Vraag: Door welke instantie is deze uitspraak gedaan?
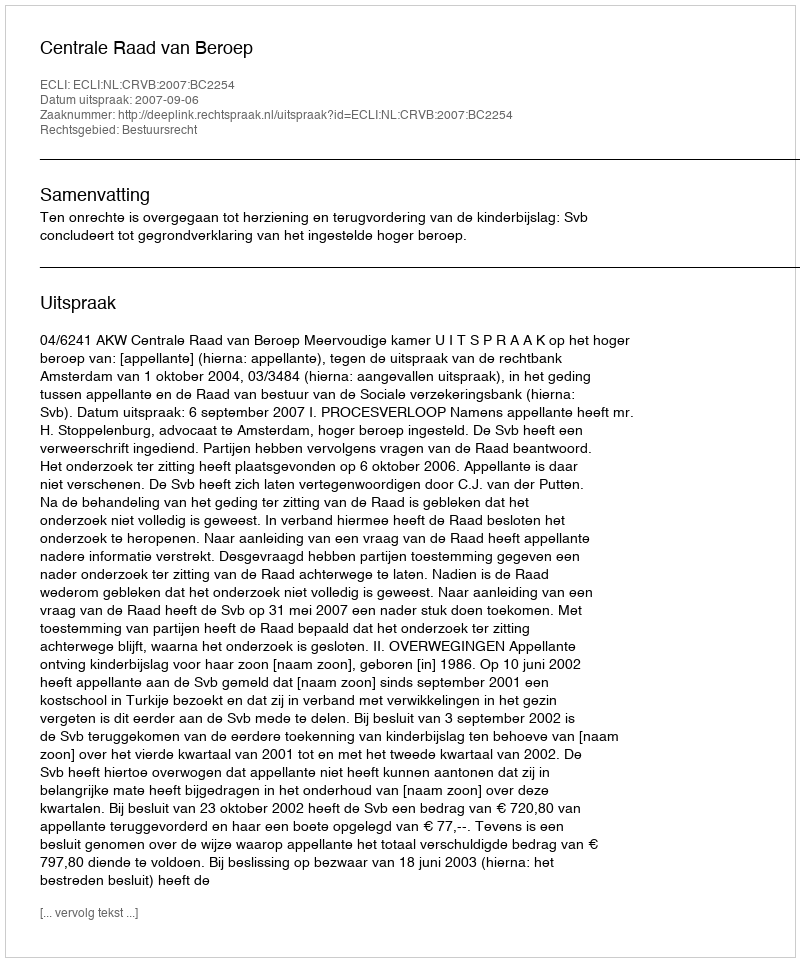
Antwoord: Centrale Raad van Beroep